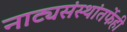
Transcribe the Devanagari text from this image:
नाट्यसंस्थांतर्फेही